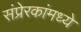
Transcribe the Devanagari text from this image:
संप्रेरकांमध्ये